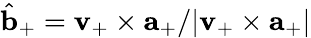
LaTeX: \hat{{\mathbf b}}_{+}={\mathbf v}_{+}\times{\mathbf a}_{+}/|{\mathbf v}_{+}\times{\mathbf a}_{+}|